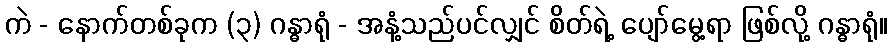
ကဲ - နောက်တစ်ခုက (၃) ဂန္ဓာရုံ - အနံ့သည်ပင်လျှင် စိတ်ရဲ့ ပျော်မွေ့ရာ ဖြစ်လို့ ဂန္ဓာရုံ။